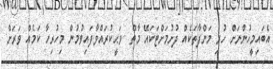
އެބައިމީހުންނަށް ހުރި މަންފާތަކެއް ދުށުމަށްޓަކައޭ މާތް  ވަޙީކުރައްވާފައިވުމުން މިހުރިހާ ކަމެއް ވަރަށް